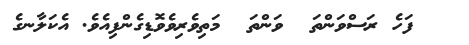
ފަހެ ރަސްވަންތަ  ވަންތަ  މަތިވެރިވެވޮޑިގެންފިއެވެ. އެކަލާނގެ